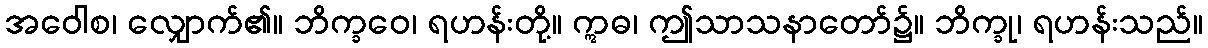
အဝေါစ၊ လျှောက်၏။ ဘိက္ခဝေ၊ ရဟန်းတို့။ ဣဓ၊ ဤသာသနာတော်၌။ ဘိက္ခု၊ ရဟန်းသည်။